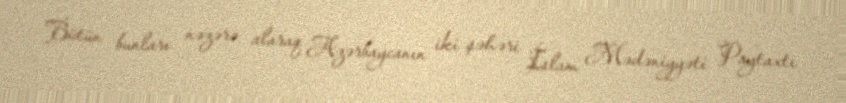
Bütün bunları nəzərə alaraq Azərbaycanın iki şəhəri İslam Mədəniyyəti Paytaxtı